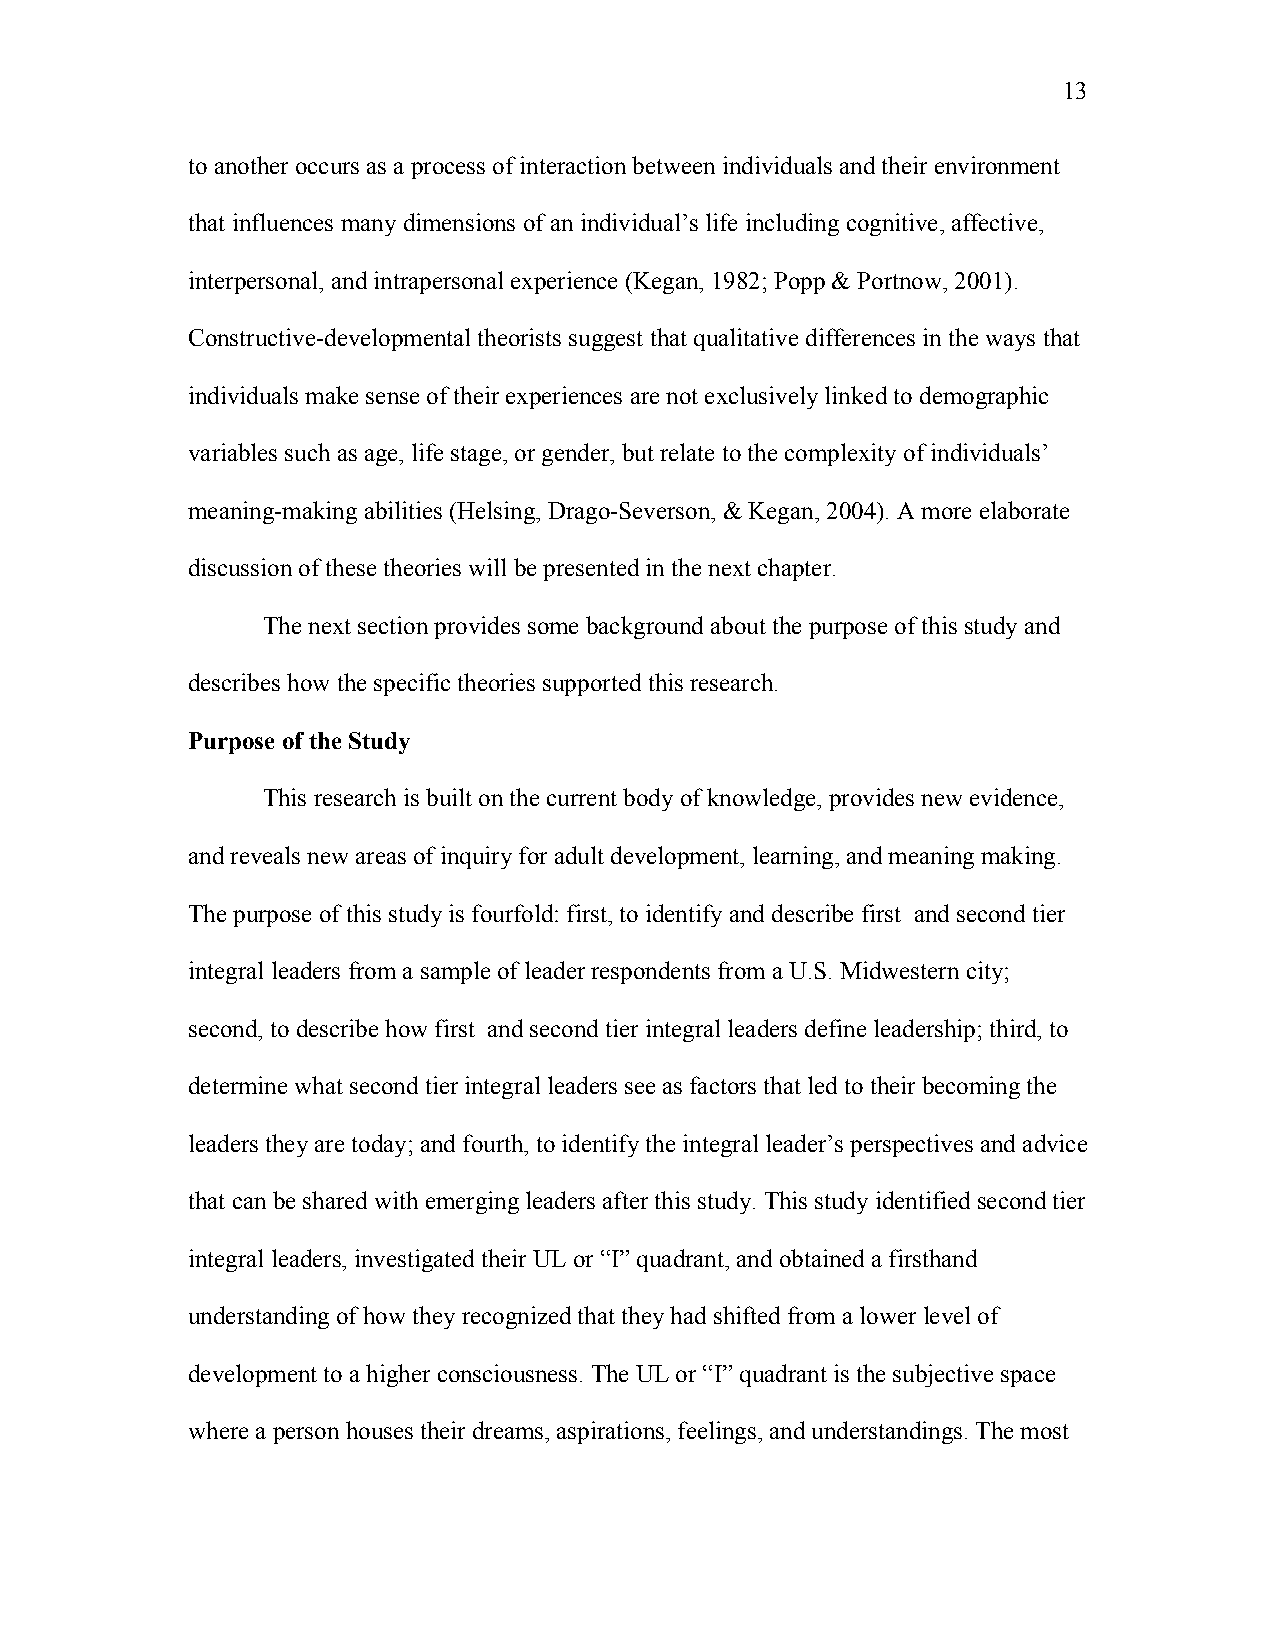
13
 to another occurs as a process of interaction between individuals and their environment
 that influences many dimensions of an individual’s life including cognitive, affective,
 interpersonal, and intrapersonal experience (Kegan, 1982; Popp & Portnow, 2001).
 Constructive-developmental theorists suggest that qualitative differences in the ways that
 individuals make sense of their experiences are not exclusively linked to demographic
 variables such as age, life stage, or gender, but relate to the complexity of individuals’
 meaning-making abilities (Helsing, Drago-Severson, & Kegan, 2004). A more elaborate
 discussion of these theories will be presented in the next chapter.
 The next section provides some background about the purpose of this study and
 describes how the specific theories supported this research.
 Purpose of the Study
 This research is built on the current body of knowledge, provides new evidence,
 and reveals new areas of inquiry for adult development, learning, and meaning making.
 The purpose of this study is fourfold: first, to identify and describe first and second tier
 integral leaders from a sample of leader respondents from a U.S. Midwestern city;
 second, to describe how first and second tier integral leaders define leadership; third, to
 determine what second tier integral leaders see as factors that led to their becoming the
 leaders they are today; and fourth, to identify the integral leader’s perspectives and advice
 that can be shared with emerging leaders after this study. This study identified second tier
 integral leaders, investigated their UL or “I” quadrant, and obtained a firsthand
 understanding of how they recognized that they had shifted from a lower level of
 development to a higher consciousness. The UL or “I” quadrant is the subjective space
 where a person houses their dreams, aspirations, feelings, and understandings. The most